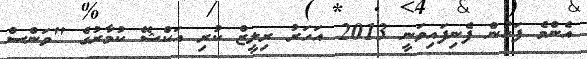
އެންމެ ފަހުން ފެނިފައިވަނީ 2013 އަހަރު ރިލީޒް ކުރި އަކްޝޭ ކުމާރުގެ "ވަންސް